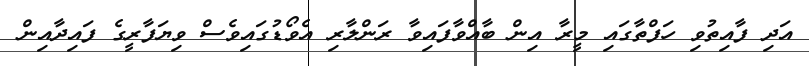
އަދި ފާއިތުވި ހަފްތާގައި މީރާ އިން ބާއްވާފައިވާ ރަންލާރި އެވޯޑުގައިވެސް ވިޔަފާރީގެ ފައިދާއިން